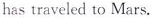
has traveled to Mars.